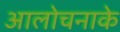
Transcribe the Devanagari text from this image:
आलोचनाके